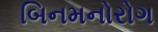
બિનમનોરોગ